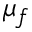
\mu _ { f }